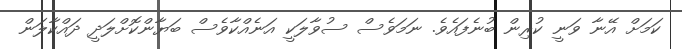
ކަމަށް އޭނާ ވަނީ ކުރިން ބުނެފައެވެ. ނަމަވެސް ސުވާލަކީ އަނެއްކާވެސް ބަޔާންކޮށްލަދީ ދައްކާލަން